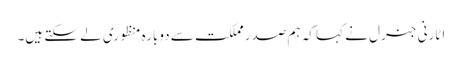
اٹارنی جنرل نے کہا کہ ہم صدر مملکت سے دوبارہ منظوری لے سکتے ہیں۔